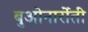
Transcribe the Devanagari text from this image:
बुओनार्रोती